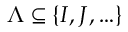
\Lambda \subseteq \{ I , J , \ldots \}